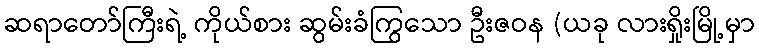
ဆရာတော်ကြီးရဲ့ ကိုယ်စား ဆွမ်းခံကြွသော ဦးဇဝန (ယခု လားရှိုးမြို့မှာ